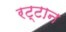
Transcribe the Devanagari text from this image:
रट्टान